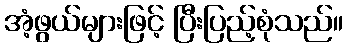
အံ့ဖွယ်များဖြင့် ပြီးပြည့်စုံသည်။